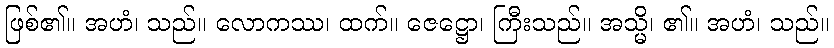
ဖြစ်၏။ အဟံ၊ သည်။ လောကဿ၊ ထက်။ ဇေဋ္ဌော၊ ကြီးသည်။ အသ္မိ၊ ၏။ အဟံ၊ သည်။